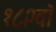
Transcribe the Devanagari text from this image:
१८२वॉ